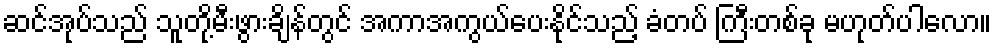
ဆင်အုပ်သည် သူတို့မီးဖွားချိန်တွင် အကာအကွယ်ပေးနိုင်သည့် ခံတပ် ကြီးတစ်ခု မဟုတ်ပါလော။